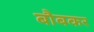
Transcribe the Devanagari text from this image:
बौबकर